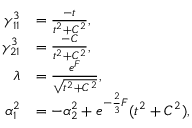
\begin{array} { r l } { \gamma _ { 1 1 } ^ { 3 } } & { = \frac { - t } { t ^ { 2 } + C ^ { 2 } } , } \\ { \gamma _ { 2 1 } ^ { 3 } } & { = \frac { - C } { t ^ { 2 } + C ^ { 2 } } , } \\ { \lambda } & { = \frac { e ^ { F } } { \sqrt { t ^ { 2 } + C ^ { 2 } } } , } \\ { \alpha _ { 1 } ^ { 2 } } & { = - \alpha _ { 2 } ^ { 2 } + e ^ { - \frac { 2 } { 3 } F } ( t ^ { 2 } + C ^ { 2 } ) , } \end{array}